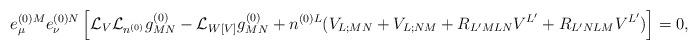
LaTeX: \begin{align*}e^{(0)M}_{\mu}e^{(0)N}_{\nu}\left[{\cal L}_V{\cal L}_{n^{(0)}}g^{(0)}_{MN}- {\cal L}_{W[V]}g^{(0)}_{MN}+ n^{(0)L}(V_{L;MN}+V_{L;NM}+R_{L'MLN}V^{L'}+R_{L'NLM}V^{L'})\right]=0,\end{align*}